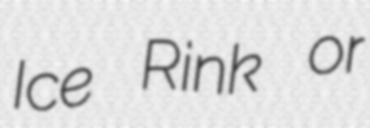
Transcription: Ice Rink or